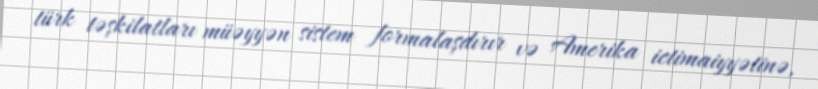
türk təşkilatları müəyyən sistem formalaşdırır və Amerika ictimaiyyətinə,